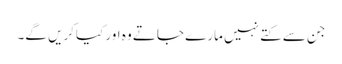
جن سے کتے نہیں مارے جاتے وہ اور کیاکریں گے۔